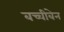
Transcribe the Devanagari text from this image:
बच्चीबेन